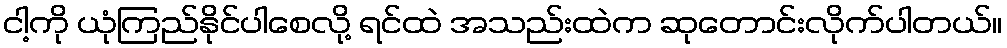
ငါ့ကို ယုံကြည်နိုင်ပါစေလို့ ရင်ထဲ အသည်းထဲက ဆုတောင်းလိုက်ပါတယ်။